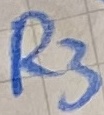
Text: R3